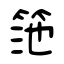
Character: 筂